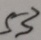
5 3